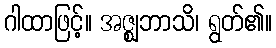
ဂါထာဖြင့်။ အဇ္ဈဘာသိ၊ ရွတ်၏။